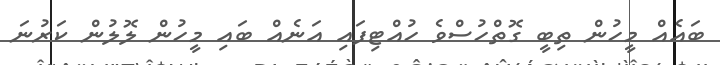
ބައެއް މީހުން ތިބީ ގޮތްހުސްވެ ހުއްޓިފައި އަނެއް ބައި މީހުން ލޮލުން ކަރުނަ